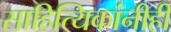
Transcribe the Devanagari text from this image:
साहित्यिकांनीही